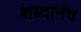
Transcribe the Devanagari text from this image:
शब्दानंद